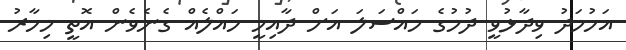
އަހުމަދު ވިދާޅުވީ ދުމުގެ މައްސަލަ އަށް ދާއިމީ ހައްލެއް ގެނެވެން އޮތީ މިހާރު